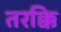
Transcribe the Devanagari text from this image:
तरक्कि